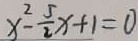
x ^ { 2 } - \frac { 5 } { 2 } x + 1 = 0